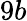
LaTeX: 9b